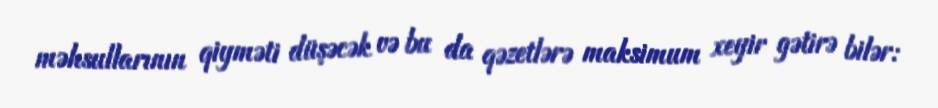
məhsullarının qiyməti düşəcək və bu da qəzetlərə maksimum xeyir gətirə bilər: